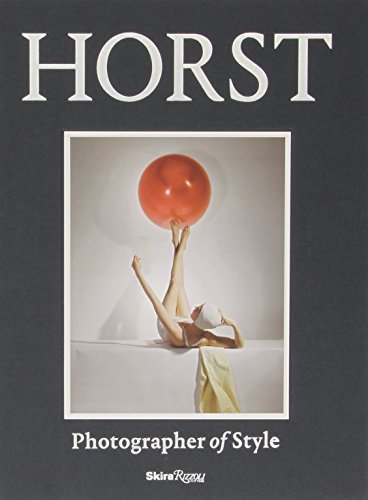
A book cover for Horst: Photographer of Style; Philippe Garner; Humor & Entertainment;